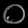
Digit: ၀